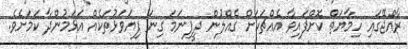
ރާއްޖޭގައި ހިމާޔަތް ކޮށްފައިވާ އެއްޗަކަށް ގެއްލުން ދީފިނަމަ ގިނަ ފިޔަވަޅުތަކެއް އަޅަމުންދާ ކަމަށެވެ.